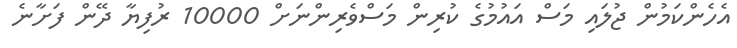
އެހެންކަމުން ޖުލައި މަސް އައުމުގެ ކުރިން މަސްވެރިންނަށް 10000 ރުފިޔާ ދޭން ފަށާނެ